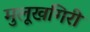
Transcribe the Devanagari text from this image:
मुलूखगिरी